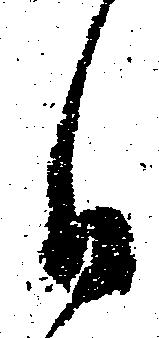
自